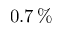
0 . 7 \, \%